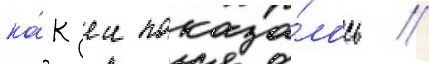
ка́к еи показа́лось /